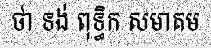
ថា ទង់ ពុទ្ធិក សមាគម